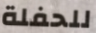
للحفلة